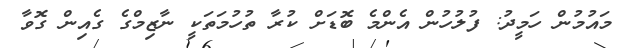
މައުމުން ހަމީދު: ފުލުހުން އެންމެ ބޮޑަށް ކުރާ ތުހުމަތަކީ ނާޒިމްގެ ގެއިން ގޮވާ